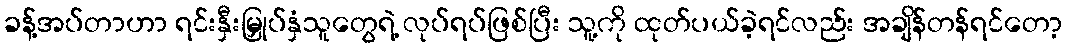
ခန့်အပ်တာဟာ ရင်းနှီးမြှုပ်နှံသူတွေရဲ့ လုပ်ရပ်ဖြစ်ပြီး သူ့ကို ထုတ်ပယ်ခဲ့ရင်လည်း အချိန်တန်ရင်တော့